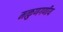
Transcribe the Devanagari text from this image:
मत्कुणगणीय